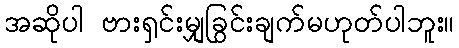
အဆိုပါ ဗားရှင်းမျှခြွင်းချက်မဟုတ်ပါဘူး။